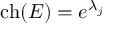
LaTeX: \operatorname { c h } ( E ) = e ^ { \lambda _ { j } }